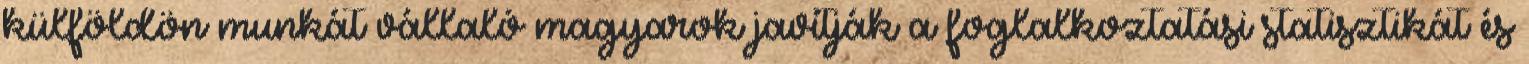
külföldön munkát vállaló magyarok javítják a foglalkoztatási statisztikát és